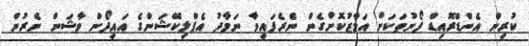
ކުރިން އެންޑްރޮއިޑް ފޯނުތަކަށް އަމާޒުކޮށްގެން ނެރެފައިވާ ނަމާދު އެޕްލިކޭޝަންގެ އައިފޯން ވާޝަން ނެރުން